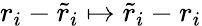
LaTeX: r_{i}-\tilde{r}_{i}\mapsto\tilde{r}_{i}-r_{i}